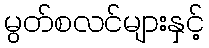
မွတ်စလင်များနှင့်